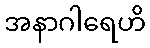
အနာဂါရေဟိ